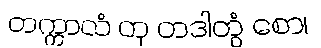
တက္ကာလံ တု တဒါတွံ စော၊